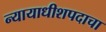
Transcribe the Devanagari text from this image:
न्यायाधीशपदाचा